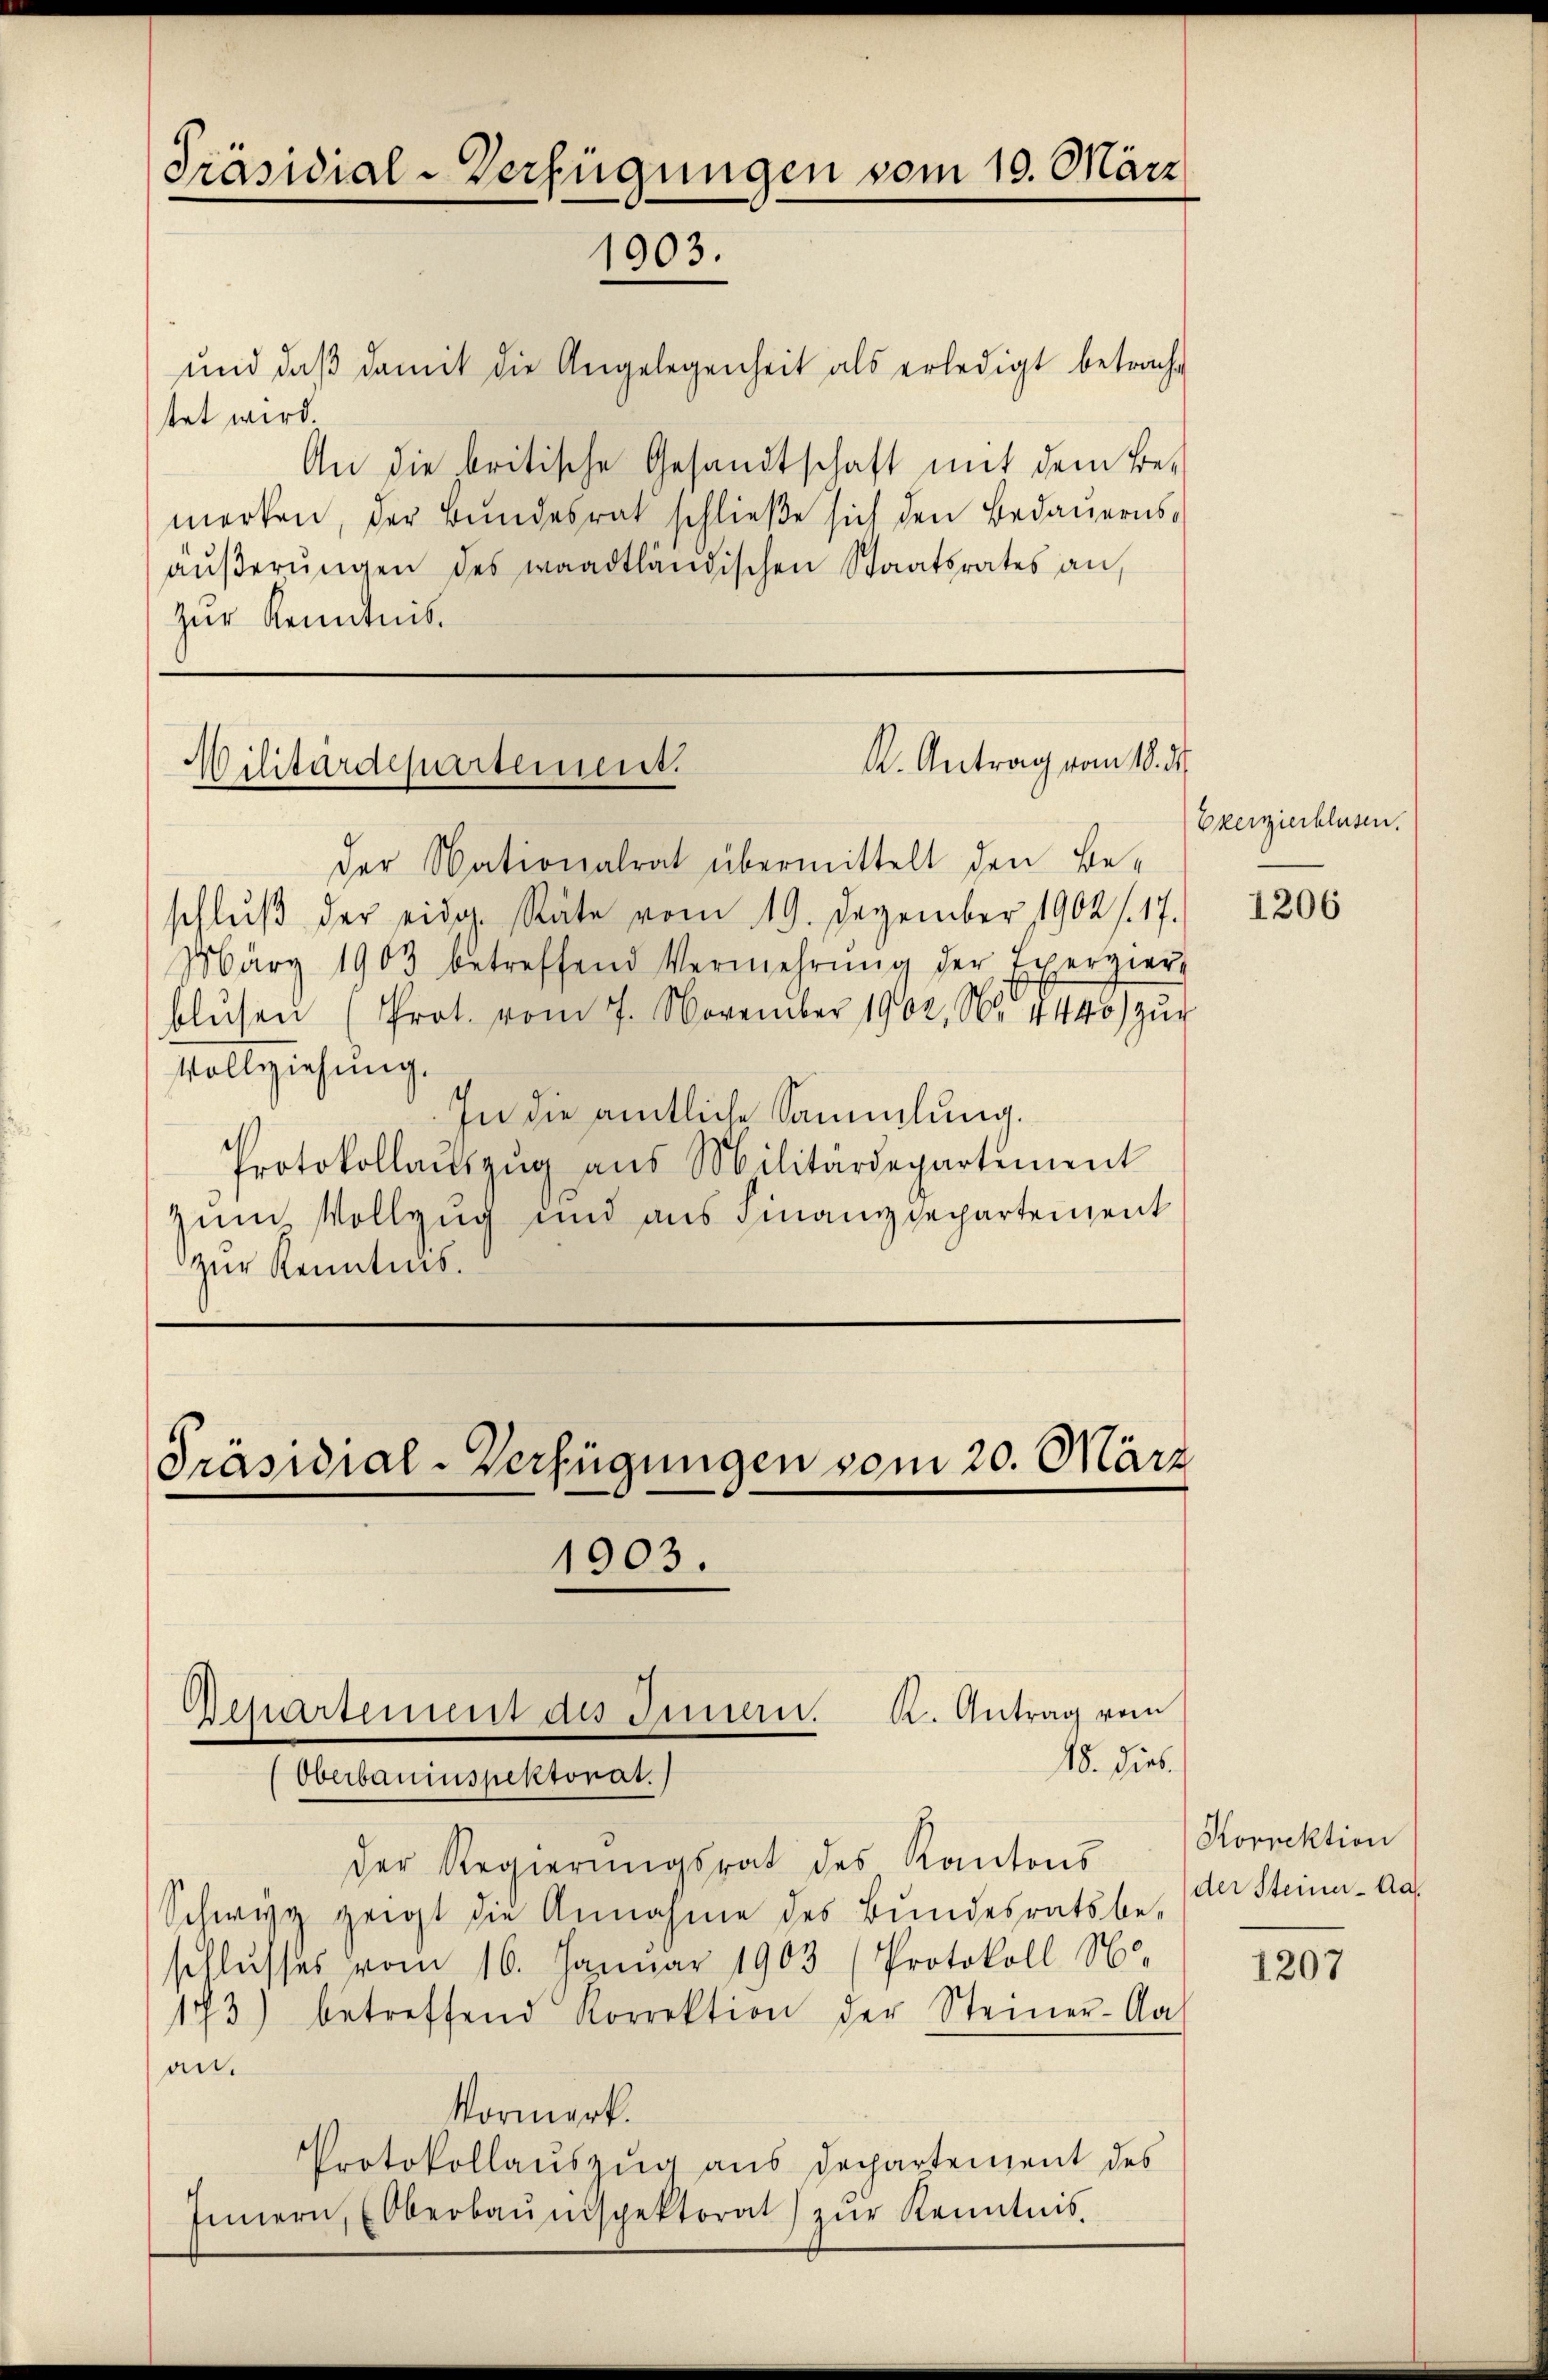
Präsidial-Verfügungen vom 10. März
1903.

und daβ damit die Angelegenheit als erledigt betrach-
tet wird.
An die britische Gesandtschaft mit dem Be-
merken, der Bundesrat schließe sich den Bedauerns
äŭβerŭngen des waadtländischen Staatsrates an,
zur Kenntnis

K. Antrag vom 18. d.
Wilitärdepartement.

der Nationalrat übermittelt den Be-
schlŭβ der eidg. Räte vom 19. Dezember 1902 f. 17.
März 1903 betreffend Vermehrŭng der Exerzier
blŭsen (Prot. vom 7. November 1902, N. 1440) zŭr
Vollziehung.
In die amtliche Sammlung.
Protokollaŭszŭg aŭs Militärdepartement
zum Vollzug und aus Finanzdepartement
zur Kenntnis.

Präsidial-Verfügungen vom 20. März
1903.

K. Antrag vom
Besartement des Innern.
Oberbauinspektorat.

18. dies
der Regierungsrat des Kantons
Schwyz zeigt die Annahme des Bundesratsbe-
schlusses vom 16. Januar 1903 (Protokoll No
173) betreffend Korrektion der Steiner-Aa-
an.
Vormerk.
Protokollauszug aus Dechartement des
Innern, Oberbauinspektorat zur Kenntnis¬

Exerzierblasen.

1206

Korrektion
der Steiner-Aa

1207